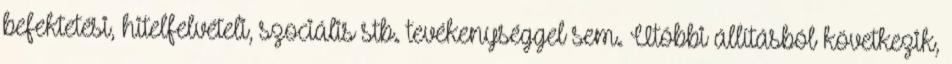
befektetési, hitelfelvételi, szociális stb. tevékenységgel sem. Utóbbi állításból következik,